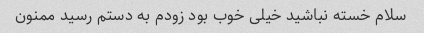
سلام خسته نباشید خیلی خوب بود زودم به دستم رسید ممنون